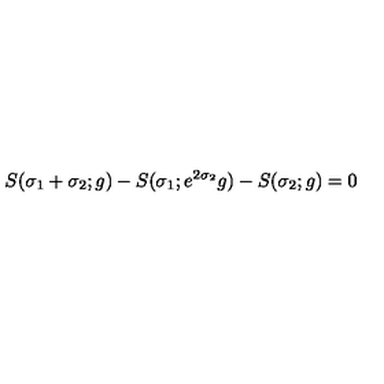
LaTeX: S ( \sigma _ { 1 } + \sigma _ { 2 } ; g ) - S ( \sigma _ { 1 } ; e ^ { 2 \sigma _ { 2 } } g ) - S ( \sigma _ { 2 } ; g ) = 0